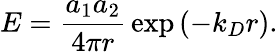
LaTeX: E={\frac{a_{1}a_{2}}{4\pi r}}\exp\left(-k_{D}r\right).